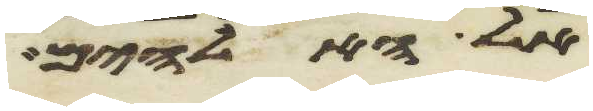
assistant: אל האלהים